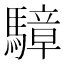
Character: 騿